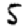
Digit: 5